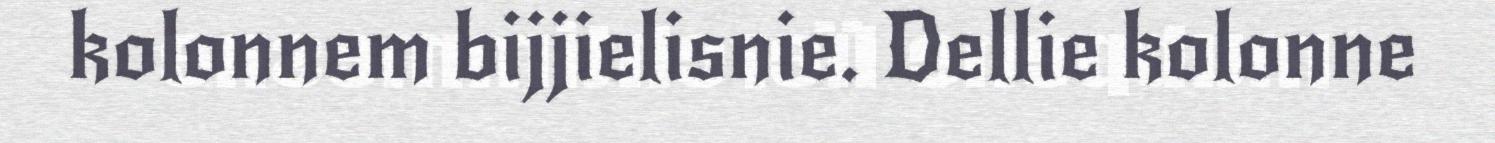
kolonnem bijjielisnie. Dellie kolonne